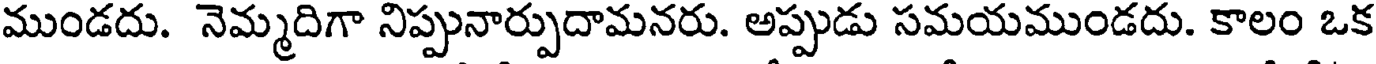
ముండదు. నెమ్మదిగా నిప్పునార్పుదామనరు. అప్పుడు సమయముండదు. కాలం ఒక